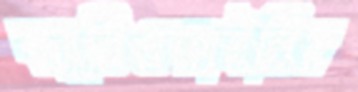
ক্যারিওফাইলিন